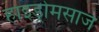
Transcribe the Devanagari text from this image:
हाइड्रोमसाज